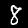
Digit: 8